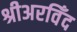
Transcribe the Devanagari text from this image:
श्रीअरविँद